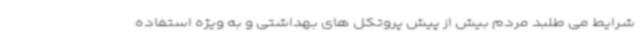
شرایط می طلبد مردم بیش از پیش پروتکل های بهداشتی و به ویژه استفاده